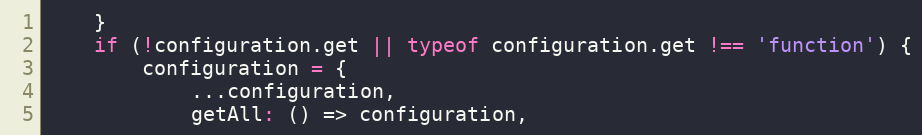
Language: JavaScript
    }
    if (!configuration.get || typeof configuration.get !== 'function') {
        configuration = {
            ...configuration,
            getAll: () => configuration,